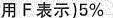
用 F 表示)5%